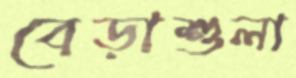
বেড়াশুলা